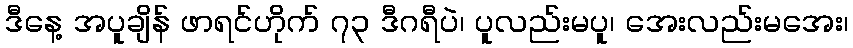
ဒီနေ့ အပူချိန် ဖာရင်ဟိုက် ၇၃ ဒီဂရီပဲ၊ ပူလည်းမပူ၊ အေးလည်းမအေး၊